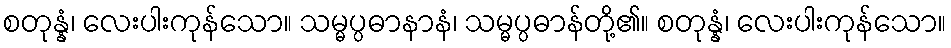
စတုန္နံ၊ လေးပါးကုန်သော။ သမ္မပ္ပဓာနာနံ၊ သမ္မပ္ပဓာန်တို့၏။ စတုန္နံ၊ လေးပါးကုန်သော။